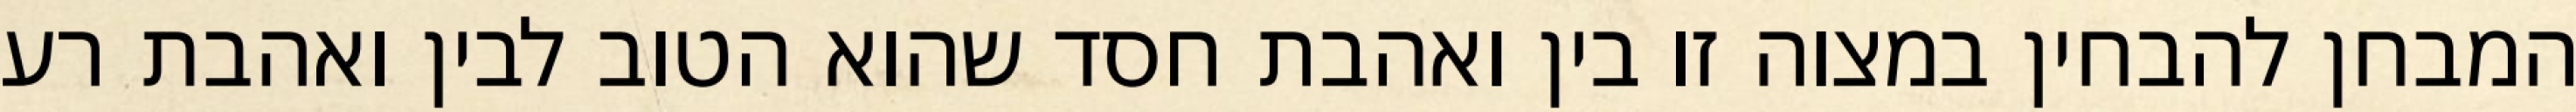
המבחן להבחין במצוה זו בין ואהבת חסד שהוא הטוב לבין ואהבת רע